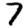
Digit: 7